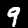
Digit: 9